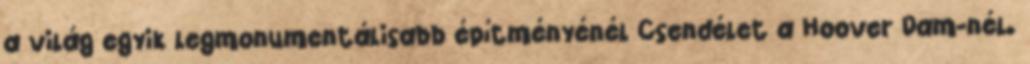
a világ egyik legmonumentálisabb építményénél Csendélet a Hoover Dam-nél.